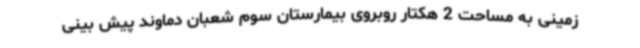
زمینی به مساحت 2 هکتار روبروی بیمارستان سوم شعبان دماوند پیش بینی